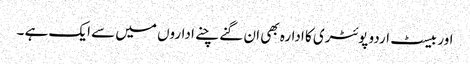
اور بیسٹ اردو پوئٹری کا ادارہ بھی ان گنے چنے اداروں میں سے ایک ہے ۔